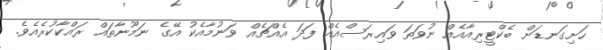
ހަށިގަނޑަށް ބެކްޓީރިއާއެއް ނުވަތަ ވައިރަސްއެއް ފަދަ އެއްޗެއް ވަނުމާއެކު އޭގެ ނަމޫނާތައް ރައްކާކުރެއެވެ.